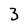
Character: 3